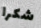
شكرا